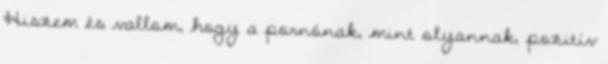
Hiszem és vallom, hogy a pornónak, mint olyannak, pozitív